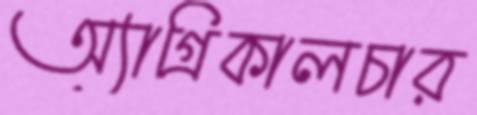
অ্যাগ্রিকালচার